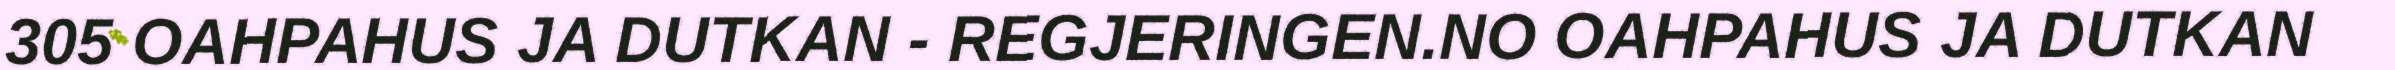
305 OAHPAHUS JA DUTKAN - REGJERINGEN.NO OAHPAHUS JA DUTKAN